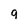
Character: 9